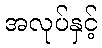
အလုပ်နှင့်